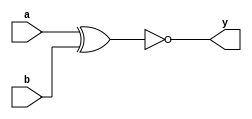
module xup_xnor2 #(parameter DELAY = 3)(
    input a,
    input b,
    output y
    );
    
    xnor #DELAY (y,a,b);
    
endmodule